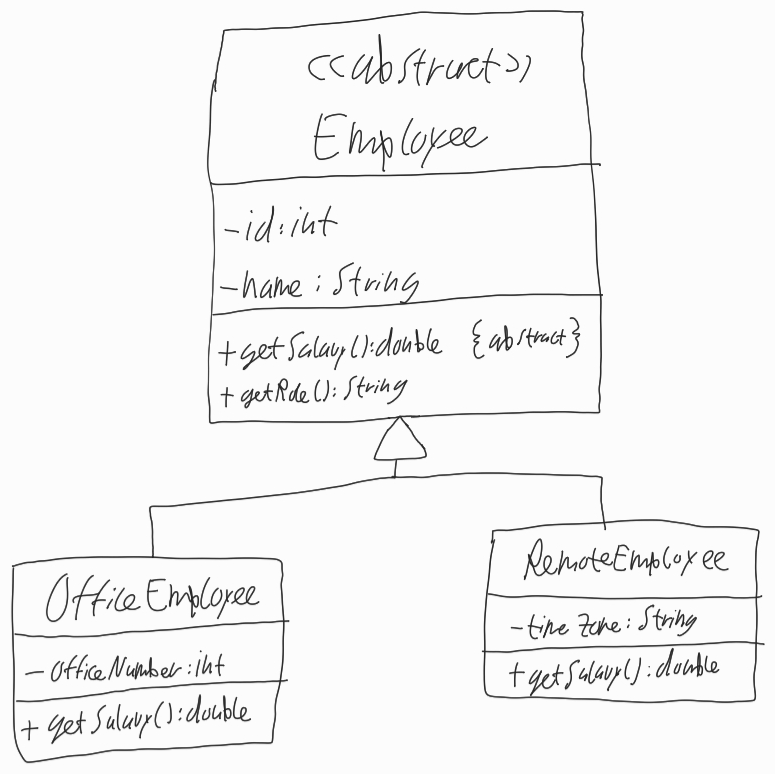
Diagram type: class_diagram
```plantuml
@startuml

abstract Employee {
  - id: int
  - name: String
  + {abstract} getSalary(): double
  + getRole(): String
}

class OfficeEmployee extends Employee {
  - officeNumber: int
  + getSalary(): double
}

class RemoteEmployee extends Employee {
  - timeZone: String
  + getSalary(): double
}

@enduml
```